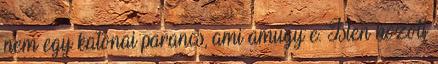
nem egy katonai parancs, ami amúgy e. Isten hozott